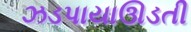
ઝડપાયાઊડતી